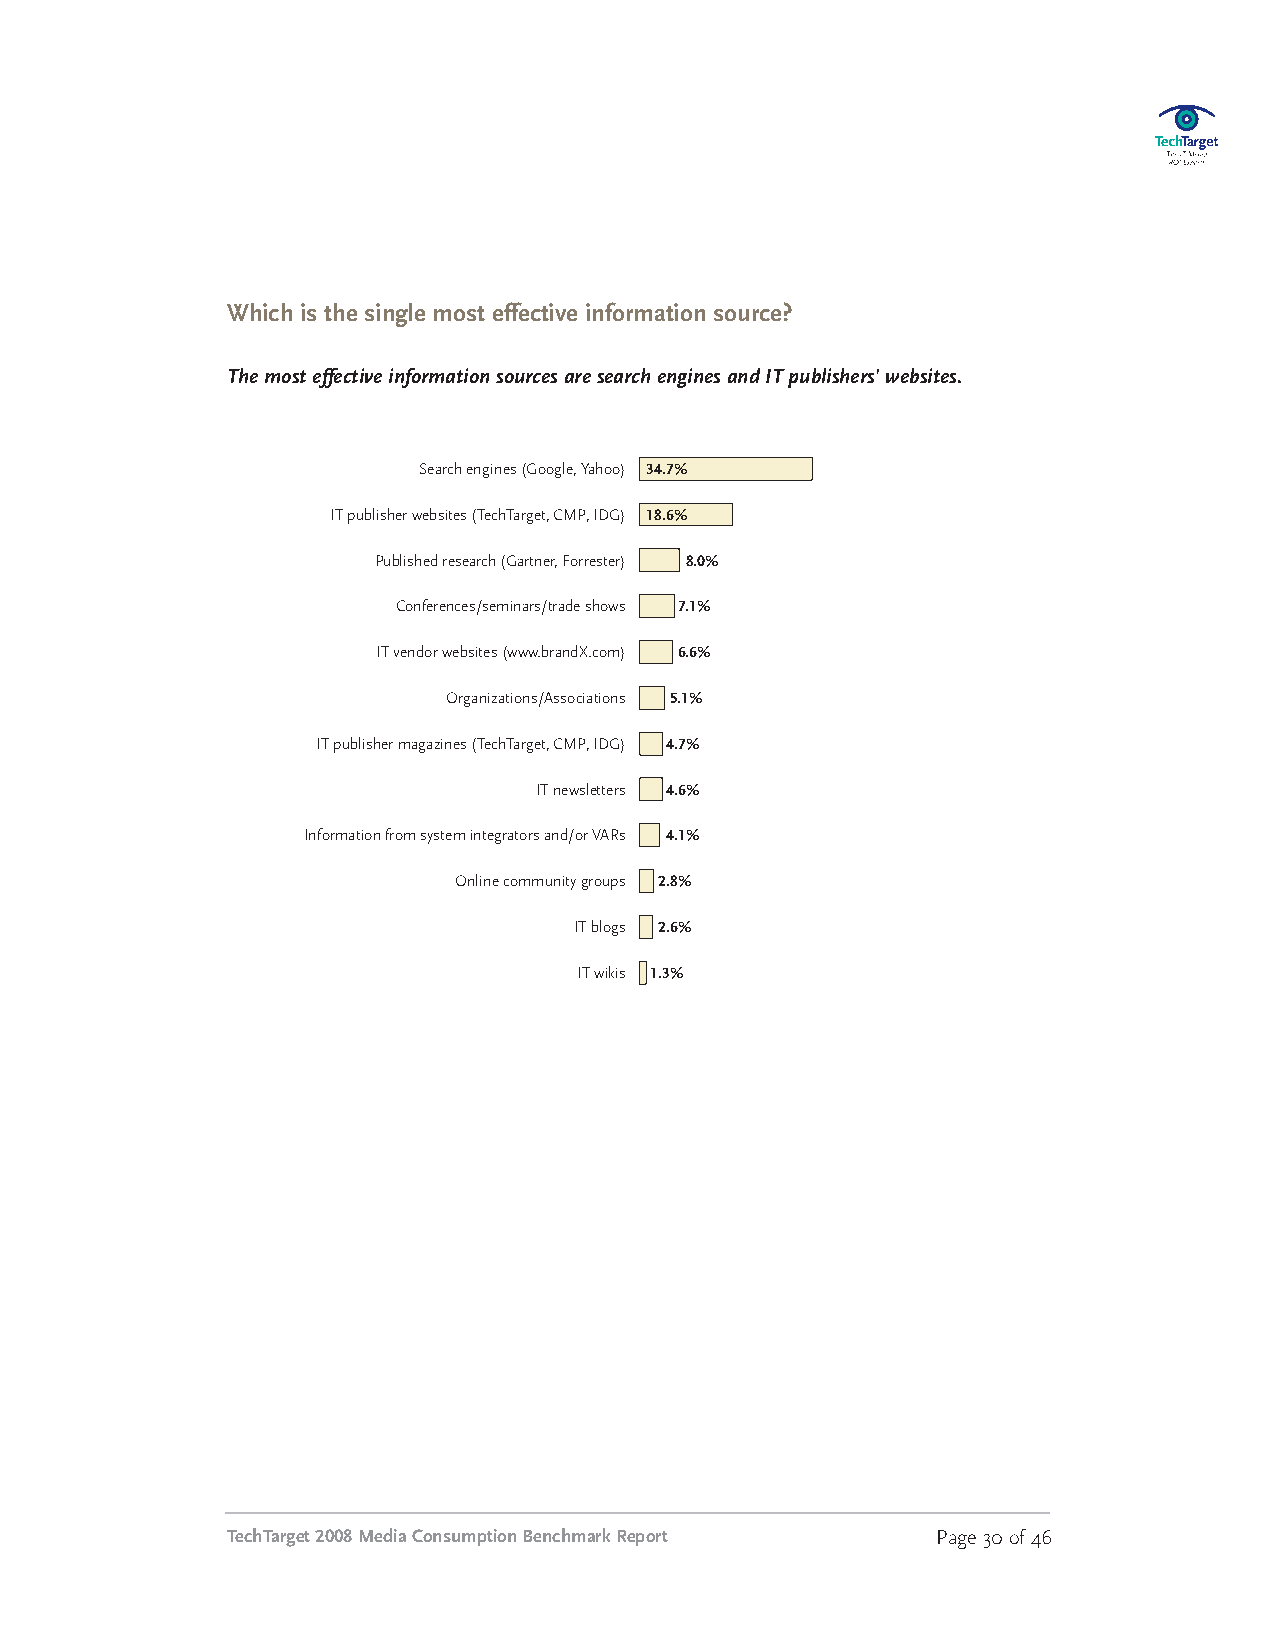
Which is the single most effective information source?
 ThemosteffectiveinformationsourcesaresearchenginesandITpublishers’websites.
 Search engines(Google,Yahoo) 34.7%
 ITpublisherwebsites (TechTarget,CMP,IDG) 18.6%
 Published research (Gartner, Forrester) 8.0%
 Conferences/seminars/trade shows 7.1%
 ITvendorwebsites(www.brandX.com) 6.6%
 Organizations/Associations 5.1%
 ITpublisher magazines(TechTarget,CMP,IDG) 4.7%
 ITnewsletters 4.6%
 Informationfrom systemintegratorsand/or VARs 4.1%
 Onlinecommunitygroups 2.8%
 ITblogs 2.6%
 ITwikis 1.3%
 TechTarget2008MediaConsumptionBenchmarkReport  Page30of46